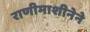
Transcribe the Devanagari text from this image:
राणीमाशीनेने